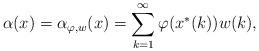
LaTeX: \begin{align*} \alpha(x) = \alpha_{\varphi, w}(x) = \sum_{k=1}^{\infty} \varphi(x^*(k))w(k), \end{align*}